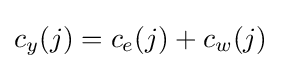
c_{y}(j)=c_{e}(j)+c_{w}(j)